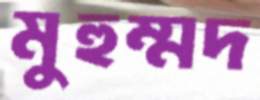
মুহুম্মদ